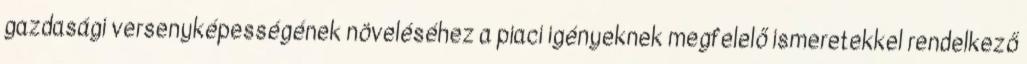
gazdasági versenyképességének növeléséhez a piaci igényeknek megfelelő ismeretekkel rendelkező